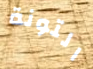
التونة